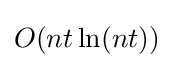
O(nt\ln(nt))